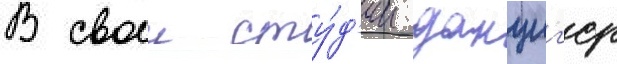
В своеи сту́д'ии данциг'ер